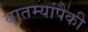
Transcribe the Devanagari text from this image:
बातम्यांपैकी